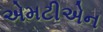
એમટીએન